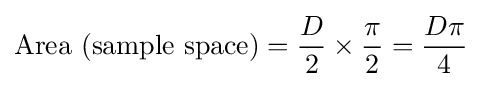
{\text{Area (sample space)}}={\frac {D}{2}}\times {\frac {\pi }{2}}={\frac {D\pi }{4}}